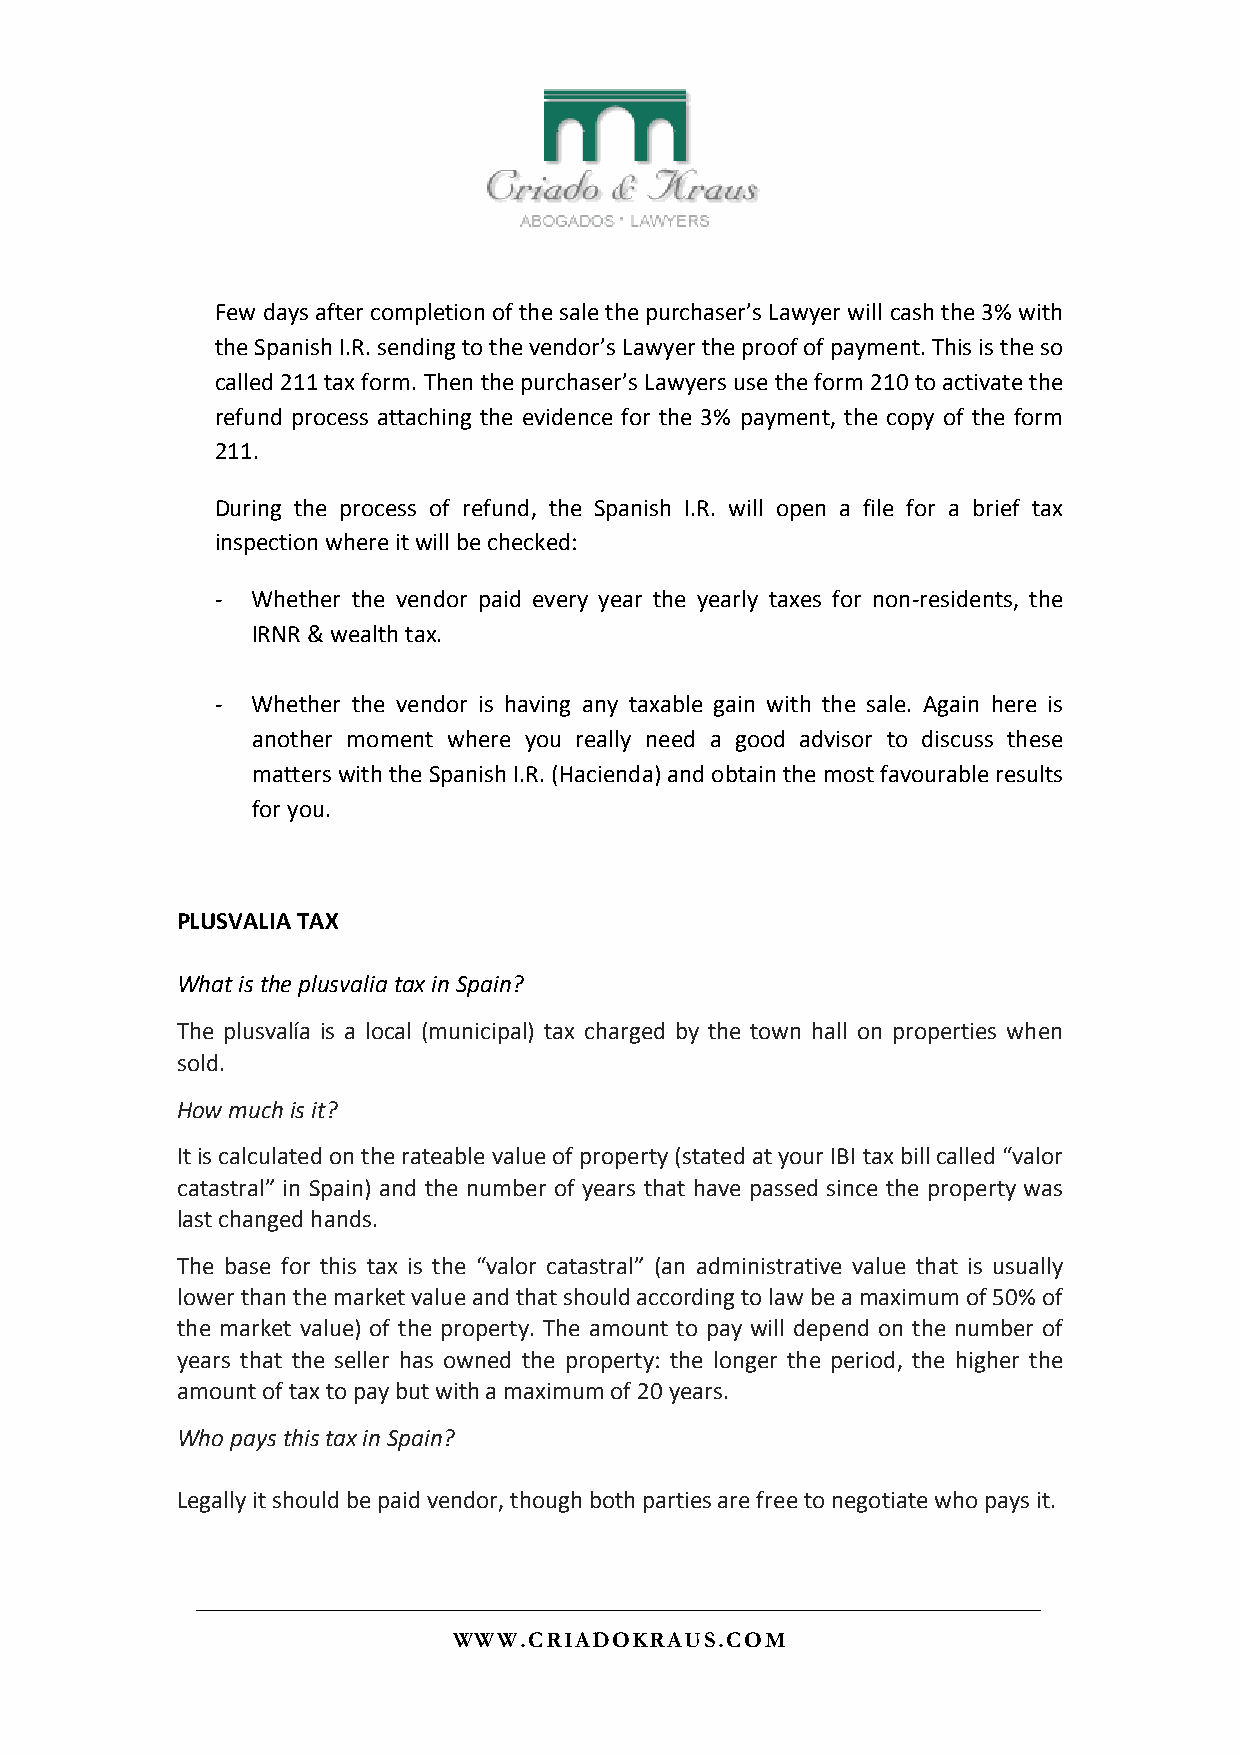
Few days after completion of the sale the purchaser’s Lawyer will cash the 3% with
 the Spanish I.R. sending to the vendor’s Lawyer the proof of payment. This is the so
 called 211 tax form. Then the purchaser’s Lawyers use the form 210 to activate the
 refund process attaching the evidence for the 3% payment, the copy of the form
 211.
 During the process of refund, the Spanish I.R. will open a file for a brief tax
 inspection where it will be checked:
 -  Whether the vendor paid every year the yearly taxes for non-residents, the
 IRNR & wealth tax.
 -  Whether the vendor is having any taxable gain with the sale. Again here is
 another moment where you really need a good advisor to discuss these
 matters with the Spanish I.R. (Hacienda) and obtain the most favourable results
 for you.
 PLUSVALIA TAX
 What is the plusvalia tax in Spain?
 The plusvalía is a local (municipal) tax charged by the town hall on properties when
 sold.
 How much is it?
 It is calculated on the rateable value of property (stated at your IBI tax bill called “valor
 catastral” in Spain) and the number of years that have passed since the property was
 last changed hands.
 The base for this tax is the “valor catastral” (an administrative value that is usually
 lower than the market value and that should according to law be a maximum of 50% of
 the market value) of the property. The amount to pay will depend on the number of
 years that the seller has owned the property: the longer the period, the higher the
 amount of tax to pay but with a maximum of 20 years.
 Who pays this tax in Spain?
 Legally it should be paid vendor, though both parties are free to negotiate who pays it.
 WWW.CRIADOKRAUS.COM